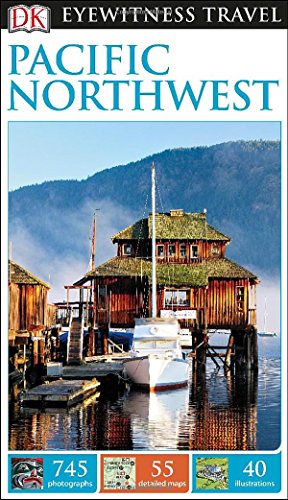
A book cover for DK Eyewitness Travel Guide: Pacific Northwest; DK Publishing; Travel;